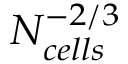
N _ { c e l l s } ^ { - 2 / 3 }